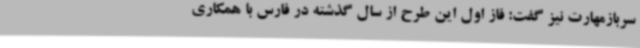
سربازمهارت نیز گفت: فاز اول این طرح از سال گذشته در فارس با همکاری